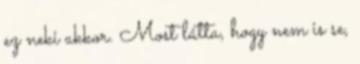
ez neki akkor. Most látta, hogy nem is se,